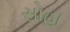
સોહા